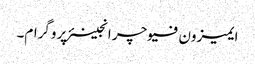
ایمیزون فیوچر انجینئر پروگرام۔